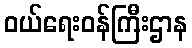
ဝယ်ရေးဝန်ကြီးဌာန